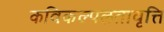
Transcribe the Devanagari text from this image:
कविकल्पलतावृत्ति